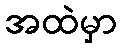
အထဲမှာ